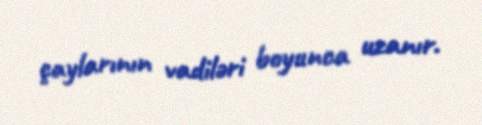
çaylarının vadiləri boyunca uzanır.